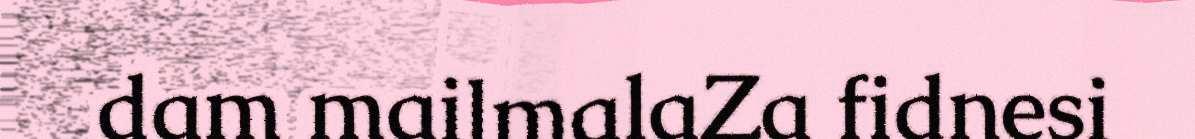
dam mailmalaZa fidnesi